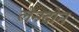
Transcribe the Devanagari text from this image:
लेन्ग्दोन